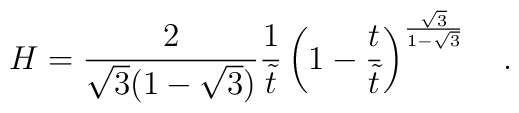
H=\frac{2}{\sqrt{3}(1-\sqrt{3})}\frac{1}{\tilde{t}} \left( 1-\frac{t}{\tilde{t}} \right)^{\frac{\sqrt{3}}{1-\sqrt{3}}} ~~~.